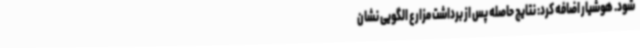
شود. هوشیار اضافه کرد: نتایج حاصله پس از برداشت مزارع الگویی نشان